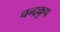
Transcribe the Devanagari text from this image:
चन्द्रकुप